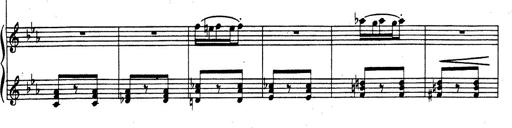
Title: Rhapsodie espagnole
Composer: Franz Liszt